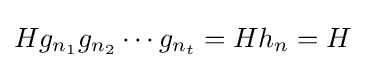
Hg_{n_{1}}g_{n_{2}}\cdots g_{n_{t}}=Hh_{n}=H